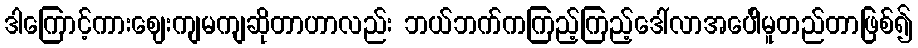
ဒါကြောင့်ကားဈေးကျမကျဆိုတာဟာလည်း ဘယ်ဘက်ကကြည့်ကြည့်ဒေါ်လာအပေါိမူတည်တာဖြစ်၍